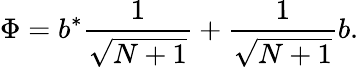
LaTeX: \Phi=b^{*}\frac{1}{\sqrt{N+1}}+\frac{1}{\sqrt{N+1}}b.